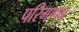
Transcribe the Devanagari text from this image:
परिगणन्